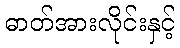
ဓာတ်အားလိုင်းနှင့်